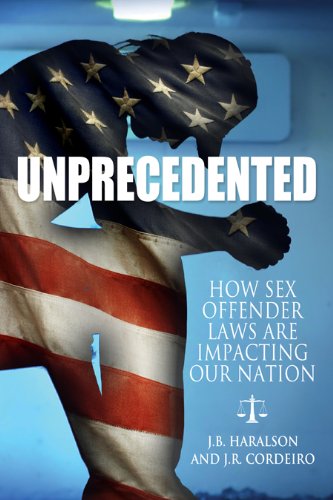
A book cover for Unprecedented - How Sex Offender Laws Are Impacting Our Nation; J.B. Haralson; Law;